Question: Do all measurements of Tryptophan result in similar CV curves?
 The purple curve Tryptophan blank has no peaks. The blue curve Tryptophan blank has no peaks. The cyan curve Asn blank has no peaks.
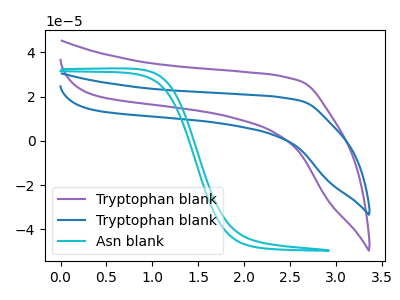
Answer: <think>Neither "Tryptophan blank" or "Tryptophan blank" have any peaks. Neither "Tryptophan blank" or "Asn blank" have any peaks. Neither "Tryptophan blank" or "Asn blank" have any peaks.
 </think>
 <answer>All the CV's of "Tryptophan" have similar shape.</answer>
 <eval>follow_rule</eval>